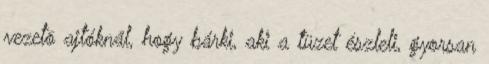
vezetõ ajtóknál, hogy bárki, aki a tüzet észleli, gyorsan